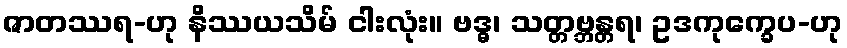
ဇာတဿရ-ဟု နိဿယသိမ် ငါးလုံး။ ဗဒ္ဓ၊ သတ္တဗ္ဘန္တရ၊ ဥဒကုက္ခေပ-ဟု